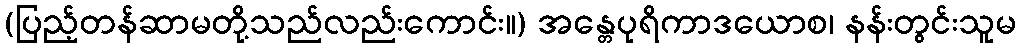
(ပြည့်တန်ဆာမတို့သည်လည်းကောင်း။) အန္တေပုရိကာဒယောစ၊ နန်းတွင်းသူမ